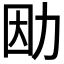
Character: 𠡛